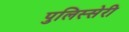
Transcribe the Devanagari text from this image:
पुलिस्सेरी